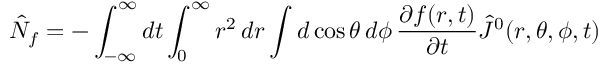
\hat { N } _ { f } = - \int _ { - \infty } ^ { \infty } d t \int _ { 0 } ^ { \infty } r ^ { 2 } \, d r \int d \cos \theta \, d \phi \, \frac { \partial f ( r , t ) } { \partial t } \hat { J } ^ { 0 } ( r , \theta , \phi , t )